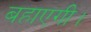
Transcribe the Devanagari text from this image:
बहाएगी।